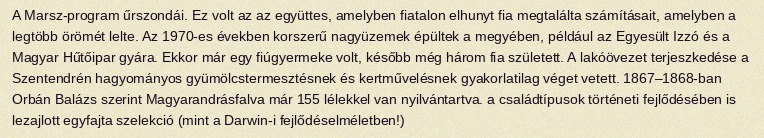
A Marsz-program űrszondái. Ez volt az az együttes, amelyben fiatalon elhunyt fia megtalálta számításait, amelyben a legtöbb örömét lelte. Az 1970-es években korszerű nagyüzemek épültek a megyében, például az Egyesült Izzó és a Magyar Hűtőipar gyára. Ekkor már egy fiúgyermeke volt, később még három fia született. A lakóövezet terjeszkedése a Szentendrén hagyományos gyümölcstermesztésnek és kertművelésnek gyakorlatilag véget vetett. 1867–1868-ban Orbán Balázs szerint Magyarandrásfalva már 155 lélekkel van nyilvántartva. a családtípusok történeti fejlődésében is lezajlott egyfajta szelekció (mint a Darwin-i fejlődéselméletben!)